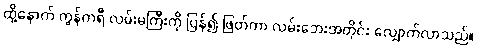
ထို့နောက် ကွန်ကရီ လမ်းမကြီးကို ပြန်၍ ဖြတ်ကာ လမ်းဘေးအတိုင်း လျှောက်လာသည်။